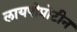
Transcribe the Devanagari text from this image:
लायपोप्रोटीन